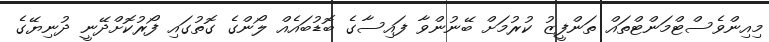
މިއިންވެސްޓްމަންޓްތައް ތަންފީޒު ކުރުމަށް ބޭނުންވާ ފައިސާގެ ބޮޑުބައެއް ލޯންގެ ގޮތުގައި ފޯރުކޮށްދޭނީ ދުނިޔޭގެ